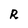
Character: R